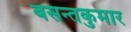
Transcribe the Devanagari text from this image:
बसन्तकुमार